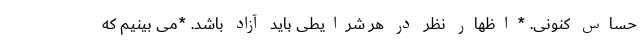
حساس کنونی. *اظهار نظر در هر شرایطی باید آزاد باشد. *می بینیم که